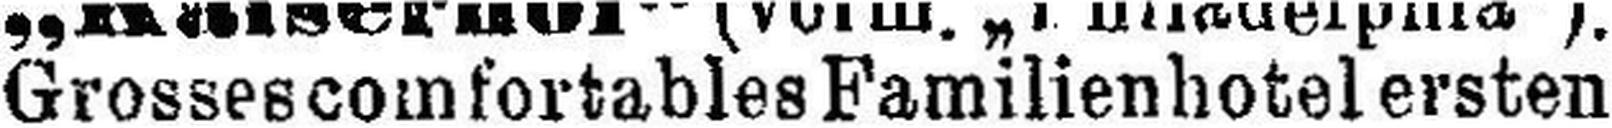
Grosses comfortables Familienhotel ersten